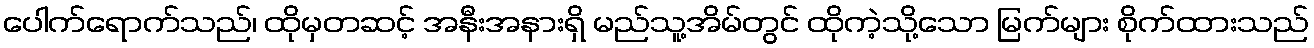
ပေါက်ရောက်သည်၊ ထိုမှတဆင့် အနီးအနားရှိ မည်သူ့အိမ်တွင် ထိုကဲ့သို့သော မြက်များ စိုက်ထားသည်